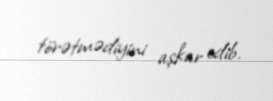
törətmədiyini aşkar edib.